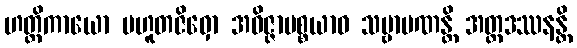
ဟတ္ထိကာယော ပဟူတဇိဝှော အဝိဇ္ဇာပစ္စယာဝ သဗ္ဗာပဏန္တိ အတ္ထဒဿနန္တိ